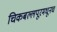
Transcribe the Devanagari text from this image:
चिकबल्लपूरमधूनच